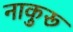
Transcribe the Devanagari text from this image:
नाकुरू